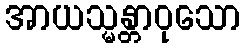
အာယသ္မန္တာဝုသော